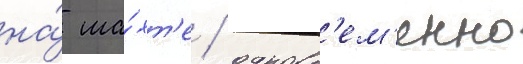
на́ ша́хт'е / одновр'ем'енно